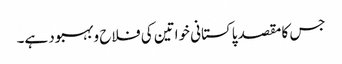
جس کا مقصد پاکستانی خواتین کی فلاح و بہبود ہے۔